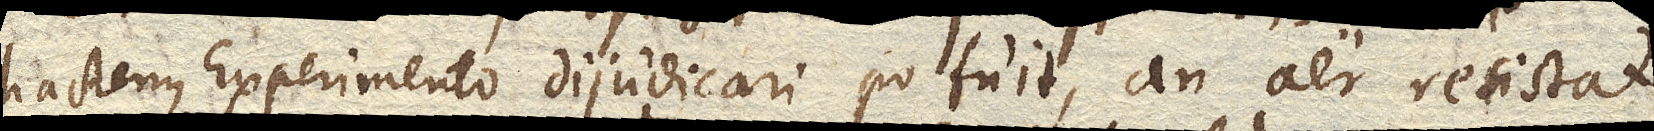
hactenus Experimento dijudicari potuit, an aer resistat